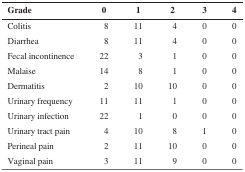
| Grade | 0 | 1 | 2 | 3 | 4 |
 | --- | --- | --- | --- | --- | --- |
 | Colitis | 8 | 11 | 4 | 0 | 0 |
 | Diarrhea | 8 | 11 | 4 | 0 | 0 |
 | Fecal incontinence | 22 | 3 | 1 | 0 | 0 |
 | Malaise | 14 | 8 | 1 | 0 | 0 |
 | Dermatitis | 2 | 10 | 10 | 0 | 0 |
 | Urinary frequency | 11 | 11 | 1 | 0 | 0 |
 | Urinary infection | 22 | 1 | 0 | 0 | 0 |
 | Urinary tract pain | 4 | 10 | 8 | 1 | 0 |
 | Perineal pain | 2 | 11 | 10 | 0 | 0 |
 | Vaginal pain | 3 | 11 | 9 | 0 | 0 |